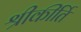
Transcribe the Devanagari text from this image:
श्रीकीर्ति